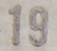
19